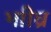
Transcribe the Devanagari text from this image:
भाीघ्र